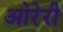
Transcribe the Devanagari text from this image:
ओरेरी